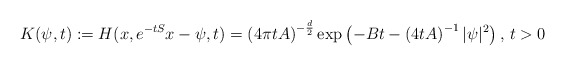
\begin{align*} K(\psi,t):=H(x,e^{-tS}x-\psi,t)=\left(4\pi t A\right)^{-\frac{d}{2}}\exp\left(-Bt-\left(4tA\right)^{-1}|\psi|^2\right),\,t>0 \end{align*}